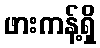
ဖားကန့်ရှိ